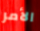
الأمر